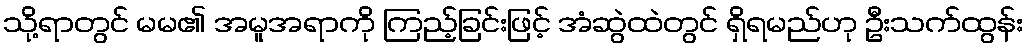
သို့ရာတွင် မမ၏ အမူအရာကို ကြည့်ခြင်းဖြင့် အံဆွဲထဲတွင် ရှိရမည်ဟု ဦးသက်ထွန်း